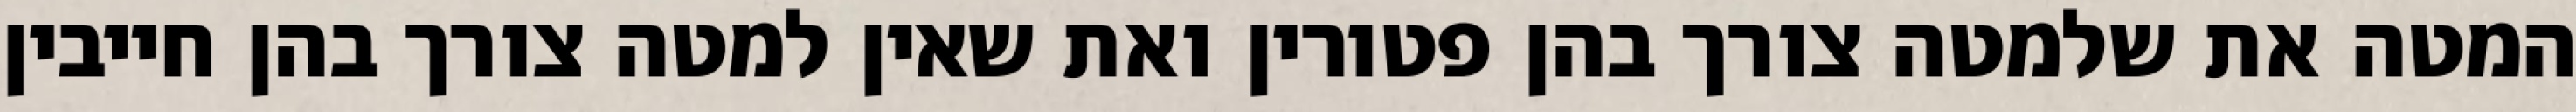
המטה את שלמטה צורך בהן פטורין ואת שאין למטה צורך בהן חייבין